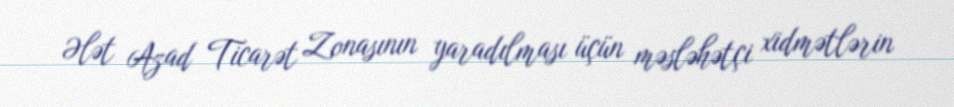
Ələt Azad Ticarət Zonasının yaradılması üçün məsləhətçi xidmətlərin